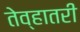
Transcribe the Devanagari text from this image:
तेव्हातरी